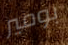
بومير